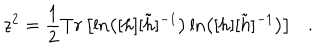
z ^ { 2 } = \frac { 1 } { 2 } T r \left[ \ln \left( [ h ] [ \tilde { h } ] ^ { - 1 } \right) \ln \left( [ h ] [ \tilde { h } ] ^ { - 1 } \right) \right] . \nonumber